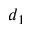
d _ { 1 }